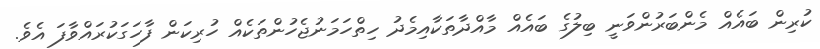
ކުރިން ބައެއް މެންބަރުންވަނީ ބިލުގެ ބައެއް މާއްދާތަކާއިމެދު ހިތްހަމަނުޖެހުންތަކެއް ހުރިކަން ފާހަގަކުރައްވާފަ އެވެ.